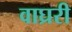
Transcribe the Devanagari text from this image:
वाघ्ररी